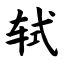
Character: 轼